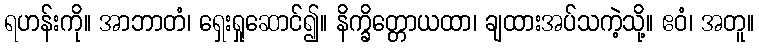
ရဟန်းကို။ အာဘာတံ၊ ရှေးရှုဆောင်၍။ နိက္ခိတ္တောယထာ၊ ချထားအပ်သကဲ့သို့။ ဧဝံ၊ အတူ။